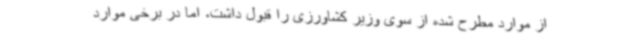
از موارد مطرح شده از سوی وزیر کشاورزی را قبول داشت، اما در برخی موارد